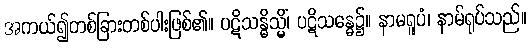
အကယ်၍တစ်ခြားတစ်ပါးဖြစ်၏။ ပဋိသန္ဓိသ္မိံ၊ ပဋိသန္ဓေ၌။ နာမရူပံ၊ နာမ်ရုပ်သည်။